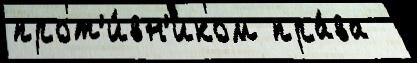
прот'и́вн'иком пра́ва